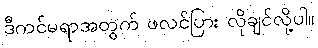
ဒီကင်မရာအတွက် ဖလင်ပြား လိုချင်လို့ပါ။